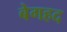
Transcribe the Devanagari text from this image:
बेगहद